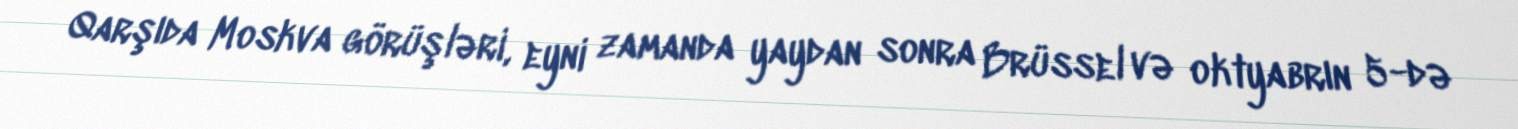
Qarşıda Moskva görüşləri, eyni zamanda yaydan sonra Brüssel və oktyabrın 5-də